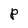
Character: P